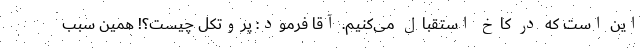
این است که در کاخ استقبال می‌کنیم. آقا فرمود: پروتکل چیست؟! همین سبب